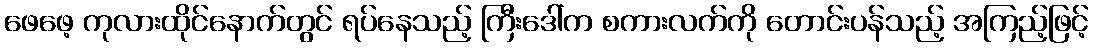
ဖေဖေ့ ကုလားထိုင်နောက်တွင် ရပ်နေသည့် ကြီးဒေါ်က စကားလက်ကို တောင်းပန်သည့် အကြည့်ဖြင့်